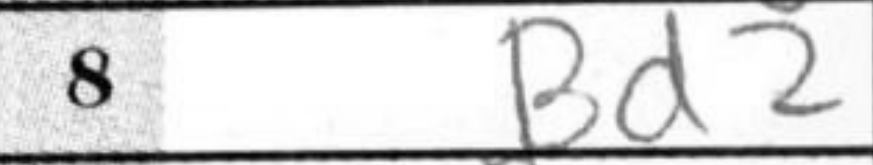
Transcription: Bd2